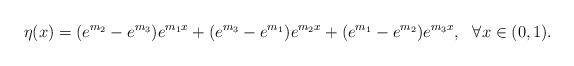
LaTeX: \begin{align*}\eta(x)= (e^{m_2}-e^{m_3}) e^{m_1 x} + (e^{m_3}-e^{ m_1 }) e^{m_2 x} + ( e^{m_1} - e^{m_2}) e^{m_3 x}, \ \ \forall x \in (0,1).\end{align*}